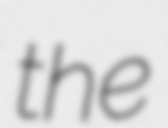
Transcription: the